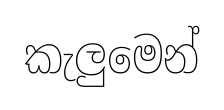
කැලුමෙන්